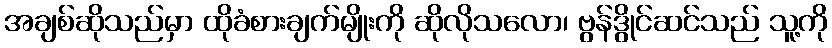
အချစ်ဆိုသည်မှာ ထိုခံစားချက်မျိုးကို ဆိုလိုသလော၊ ဗွန်ဒွိုင်ဆင်သည် သူ့ကို